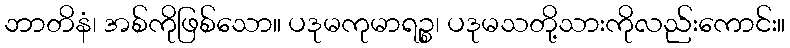
ဘာတိနံ၊ အစ်ကိုဖြစ်သော။ ပဒုမကုမာရဉ္စ၊ ပဒုမသတို့သားကိုလည်းကောင်း။